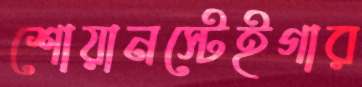
শোয়ানস্টেইগার